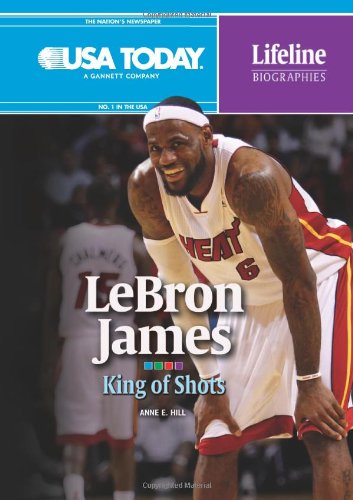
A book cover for Lebron James: King of Shots (USA Today Lifeline Biographies); Anne E. Hill; Teen & Young Adult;